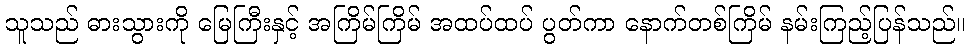
သူသည် ဓားသွားကို မြေကြီးနှင့် အကြိမ်ကြိမ် အထပ်ထပ် ပွတ်ကာ နောက်တစ်ကြိမ် နမ်းကြည့်ပြန်သည်။